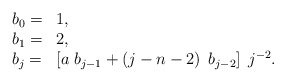
\begin{align*}\begin{array}{ll} b_{0}= & 1, \\ b_{1}= & 2, \\ b_{j}= & \left[ a\;b_{j-1}+\left( j-n-2\right) \;b_{j-2}\right] \;j^{-2}. \end{array} \end{align*}